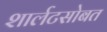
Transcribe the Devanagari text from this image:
शार्लटसोबत